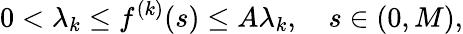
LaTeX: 0<\lambda_{k}\leq f^{(k)}(s)\leq A\lambda_{k},\quad s\in(0,M),